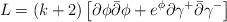
\begin{align*}L =\left( k+2\right) \left[ \partial \phi \bar{\partial}\phi + e^{\phi}\partial \gamma ^{+}\bar{\partial}\gamma ^{-} \right]\end{align*}